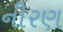
નીરણ